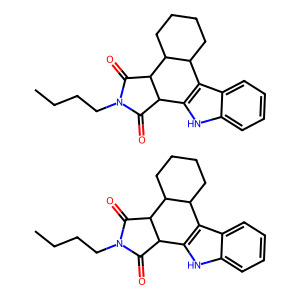
SMILES: CCCCN1C(=O)C2c3[nH]c4ccccc4c3C3CCCCC3C2C1=O.CCCCN1C(=O)C2c3[nH]c4ccccc4c3C3CCCCC3C2C1=O
Inhibits HIV replication: No